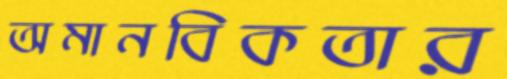
অমানবিকতার